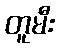
တူမီး